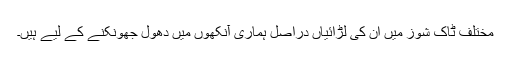
مختلف ٹاک شوز میں ان کی لڑائیاں دراصل ہماری آنکھوں میں دھول جھونکنے کے لیے ہیں۔